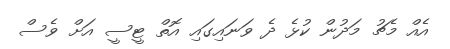
އެއް މެޗު މަދުން ކުޅެ ދެ ވަނައިގައި އޮތް ޓީސީ އަށް ވެސް